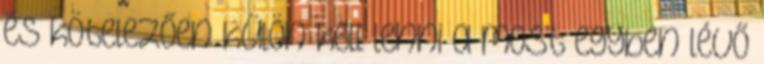
és kötelezően külön kell lenni a most egyben lévő